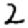
Digit: 2